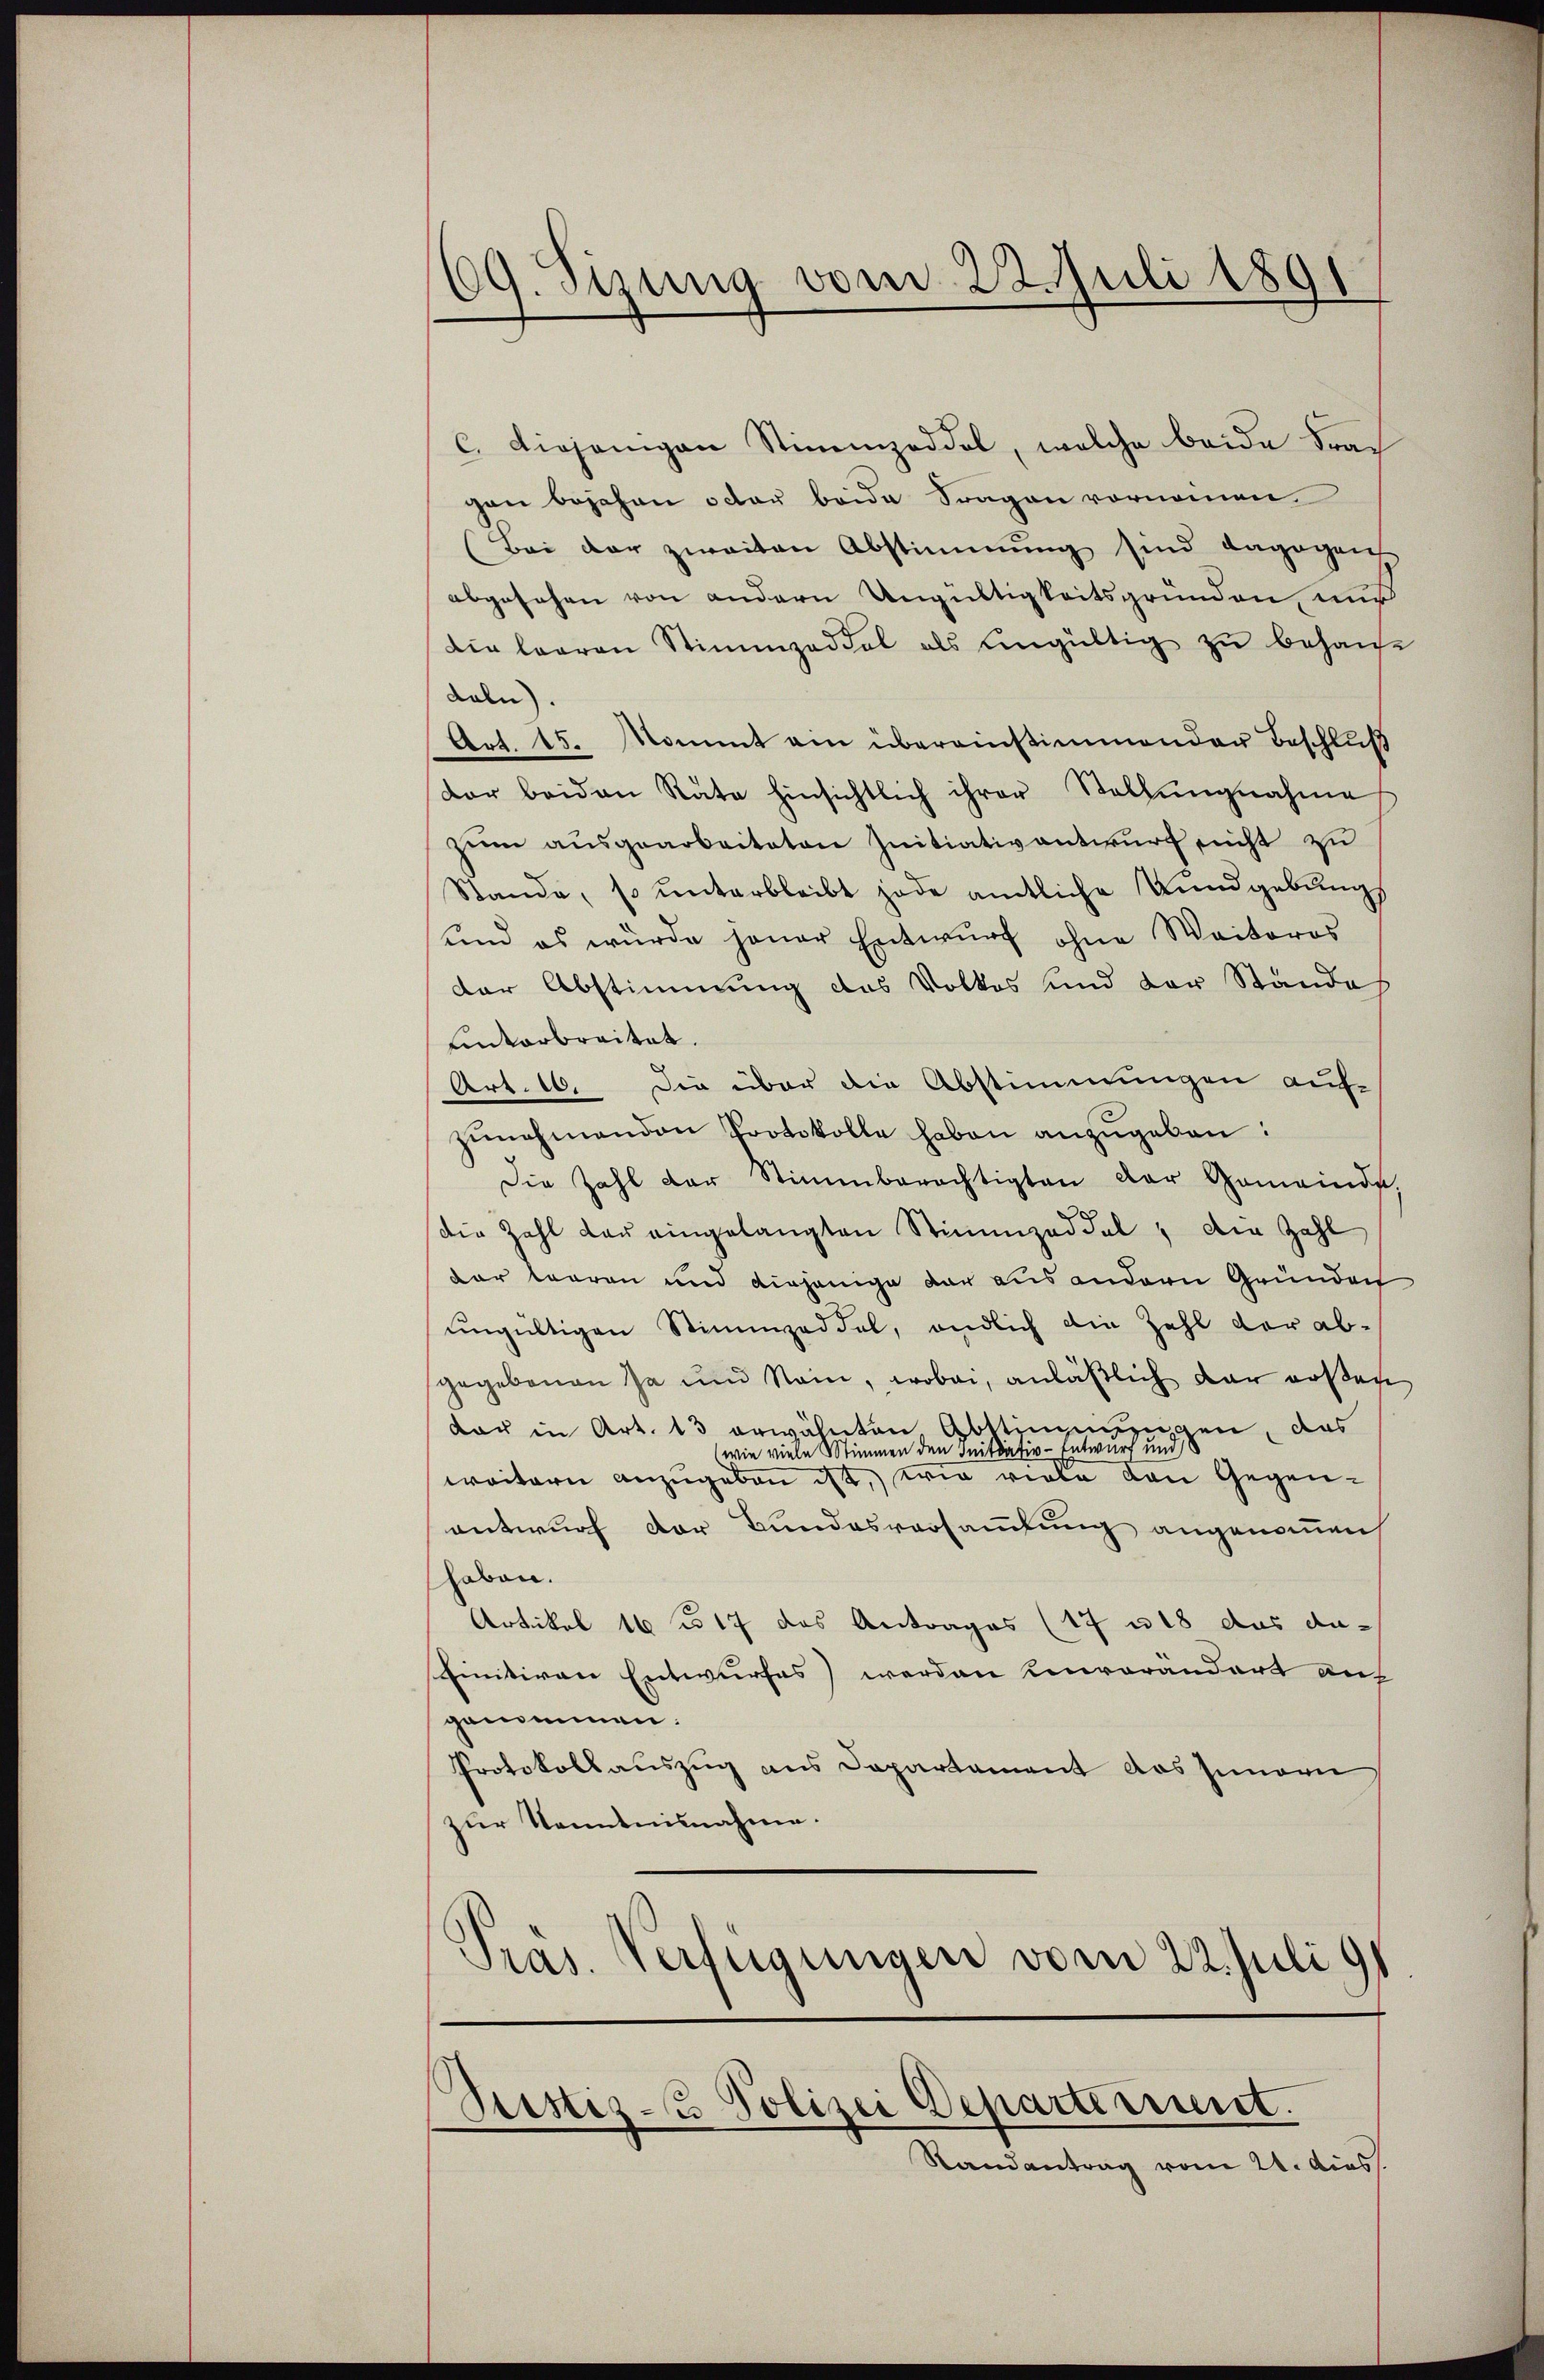
09. Sizung vom 22. Juli 1891

C. diejenigen Stimmzeddel, welche beide Fra
gen bejahen oder beide Fragen vornommen
Bei der zweiten Abstimmung sind dagegen
abgesehen von andern Ungültigkeitsgründen, nur
die baaren Stimmzeddel als ungültig zu behause
daln).
Art. 15. Kommt ein übereinstimmender Beschluß
dar beiden Räte hinsichtlich ihrer Stellŭngnahme
zum ausgearbeiteten Initiativantwurf nicht zu
Stande, so unterbleibt jede amtliche Kundgebungs
und es wurde jener Entwŭrf ohne Waitoros
der Abstimmung das Volkes und der Stande
Einterbreitet.
Art. 10. Die über die Abstimmungen auf-
zunehmenden Protokolle haben anzugeben:
Die Zahl der Stimmberechtigten der Gemeinde,
die Zahl der eingelangten Stimmzeddel, die Zahl
dar terren und diejenige dar aus andern Gründen
ungültigen Stimmzeddel, endlich die Zahl der ab-
gegebenen Ja und Nam, wobei, anläβlich dar außen
dau in Art. 13 erwähnten Abstimmungen, das
wie viele Stimmen den Initiativ-Entwurf und 8
weitern anzugeben ist, wie viele von Gegenentwurf der Bundesversammlung angenommen,
haben.
Artikel 16 n 17 das Antrages (17 u 18 das dafinitiven Entwurfes werden Einverändert auf
genommen.
Protokollauszug aus Departament das Innern
zur Kenntnisnahme.
Präs. Verfügungen vom 22. Juli 191

Sistiz- & Polizei Departissent.

Randantrag vom 21. dies